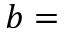
b =